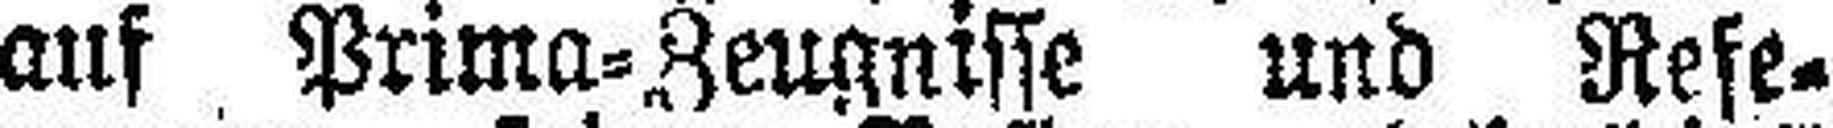
auf Prima=Zeugnisse und Refe¬